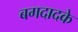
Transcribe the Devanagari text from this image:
बगदादके